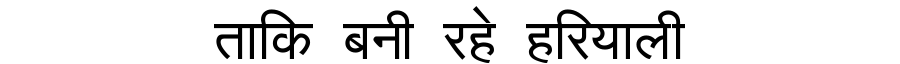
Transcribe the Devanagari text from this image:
ताकि बनी रहे हरियाली